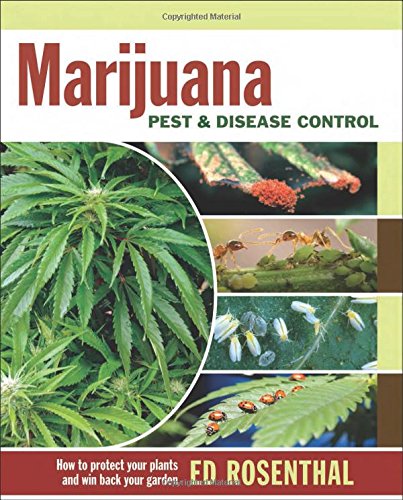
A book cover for Marijuana Pest and Disease Control: How to Protect Your Plants and Win Back Your Garden; Ed Rosenthal; Crafts, Hobbies & Home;